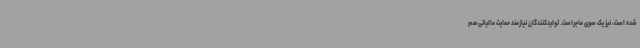
شده است، نیز یک سوی ماجراست. تولیدکنندگان نیازمند حمایت مالیاتی هم